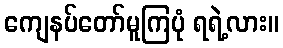
ကျေနပ်တော်မူကြပုံ ရရဲ့လား။